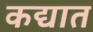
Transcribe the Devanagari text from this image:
कद्यात